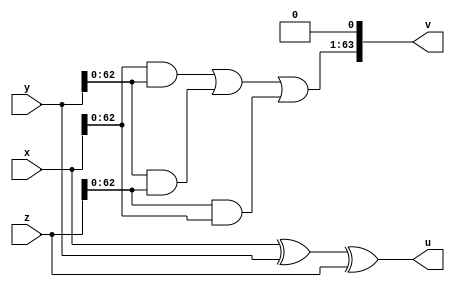
// module CSA #(parameter N = 64) (x,y,z,sum,cout);

// input wire [N-1:0] x, y, z;
// output wire [N-1:0] sum , cout;


// genvar i;
// generate
// 	for(i = 0; i < N; i = i + 1) begin
// 		FA Full_Adder(
//                 	.x(x[i]),
//                 	.y(y[i]),
// 			        .z(z[i]),
//                 	.sum(sum[i]),
//                 	.cout(cout[i])
//             	);
//         end
// endgenerate

// endmodule
module CSA (
	input [63:0] x,
	input [63:0] y,
	input [63:0] z,
	output [63:0] u,
	output [63:0] v);

assign u = x^y^z;
assign v[0] = 0;
assign v[63:1] = (x&y) | (y&z) | (z&x);

endmodule